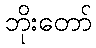
ဘိုးတော်